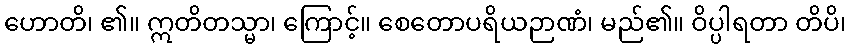
ဟောတိ၊ ၏။ ဣတိတသ္မာ၊ ကြောင့်။ စေတောပရိယဉာဏံ၊ မည်၏။ ဝိပ္ပါရတာ တိပိ၊